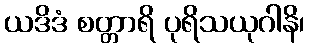
ယဒိဒံ စတ္တာရိ ပုရိသယုဂါနိ၊